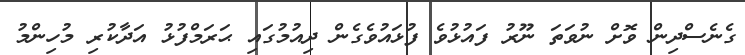
ގެނެސްދިން ވޮށް ނުވަތަ ނޫރު ފައުޅުވެ ފުޅައުވެގެން ދިއުމުގައި ޙަރަމްފުޅު އަދާކުރި މުހިންމު